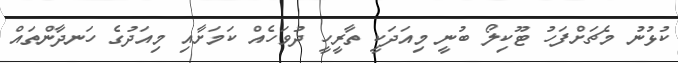
ކުޅުނު މެޗަށްފަހު ޓޫކިލޯ ބުނީ މިއަދަކީ ތާރީހީ ދުވަހެއް ކަމަށާއި މިއަދުގެ ހަނދާންތައް